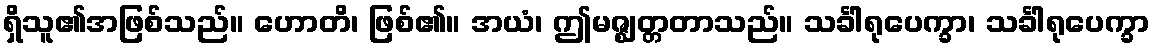
ရှိသူ၏အဖြစ်သည်။ ဟောတိ၊ ဖြစ်၏။ အယံ၊ ဤမဇ္ဈတ္တတာသည်။ သင်္ခါရုပေက္ခာ၊ သင်္ခါရုပေက္ခာ